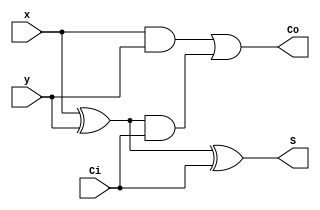
// Copyright (C) 1991-2013 Altera Corporation
// Your use of Altera Corporation's design tools, logic functions 
// and other software and tools, and its AMPP partner logic 
// functions, and any output files from any of the foregoing 
// (including device programming or simulation files), and any 
// associated documentation or information are expressly subject 
// to the terms and conditions of the Altera Program License 
// Subscription Agreement, Altera MegaCore Function License 
// Agreement, or other applicable license agreement, including, 
// without limitation, that your use is for the sole purpose of 
// programming logic devices manufactured by Altera and sold by 
// Altera or its authorized distributors.  Please refer to the 
// applicable agreement for further details.

// PROGRAM		"Quartus II 32-bit"
// VERSION		"Version 13.1.0 Build 162 10/23/2013 SJ Web Edition"
// CREATED		"Sat Nov 04 19:26:08 2023"

module FA(
	x,
	y,
	Ci,
	S,
	Co
);


input wire	x;
input wire	y;
input wire	Ci;
output wire	S;
output wire	Co;

wire	SYNTHESIZED_WIRE_4;
wire	SYNTHESIZED_WIRE_2;
wire	SYNTHESIZED_WIRE_3;




assign	SYNTHESIZED_WIRE_4 = x ^ y;

assign	S = SYNTHESIZED_WIRE_4 ^ Ci;

assign	SYNTHESIZED_WIRE_2 = x & y;

assign	SYNTHESIZED_WIRE_3 = SYNTHESIZED_WIRE_4 & Ci;

assign	Co = SYNTHESIZED_WIRE_2 | SYNTHESIZED_WIRE_3;


endmodule